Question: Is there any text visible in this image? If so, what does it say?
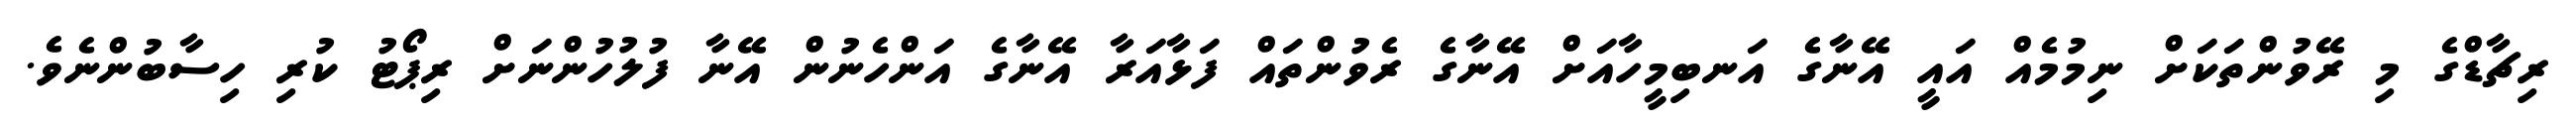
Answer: ރިޗާޑްގެ މި ރޭވުންތަކަށް ނިމުމެއް އައީ އޭނާގެ އަނބިމީހާއަށް އޭނާގެ ރެވުންތައް ފަޅާއަރާ އޭނާގެ އަންހެނުން އޭނާ ފުލުހުންނަށް ރިޕޯޓު ކުރި ހިސާބުންނެވެ.